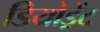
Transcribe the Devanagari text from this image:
डियोड्रेंट